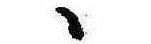
ゝ